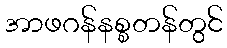
အာဖဂန်နစ္စတန်တွင်